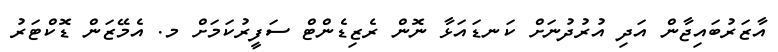
އާޒަރުބައިޖާން އަދި އުރުދުނަށް ކަނޑައަޅާ ނޮން ރެޒިޑެންޓް ސަފީރުކަމަށް މ. އެމޭޒަން ޑޮކްޓަރު